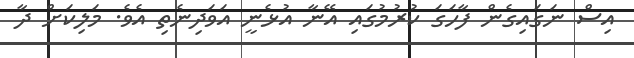
އިސް ނަގައިގެން ފާހަގަ ކުރުމުގައި އޭނާ އުޅެނީ އަވަދިނެތި އެވެ. މަލިކަށް ދާ